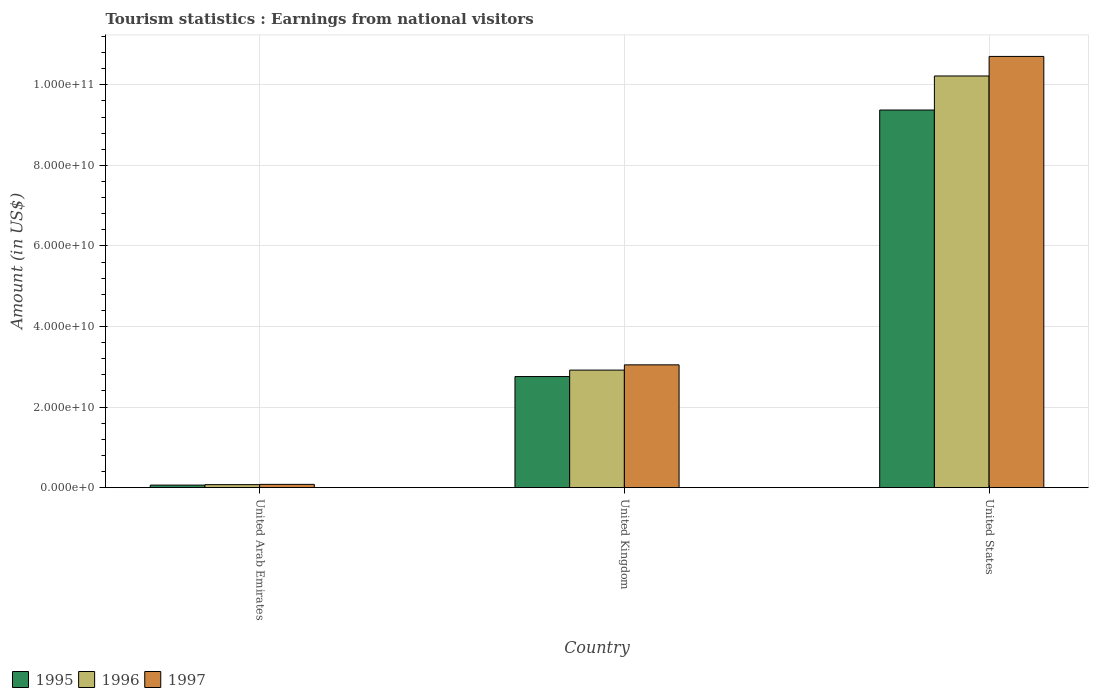
| Country | 1995 | 1996 | 1997 |
 | --- | --- | --- | --- |
 | United Arab Emirates | 6.32e+08 | 7.43e+08 | 8.14e+08 |
 | United Kingdom | 2.76e+10 | 2.92e+10 | 3.05e+10 |
 | United States | 9.37e+10 | 1.02e+11 | 1.07e+11 |